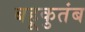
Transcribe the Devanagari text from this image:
बहूकुतंब